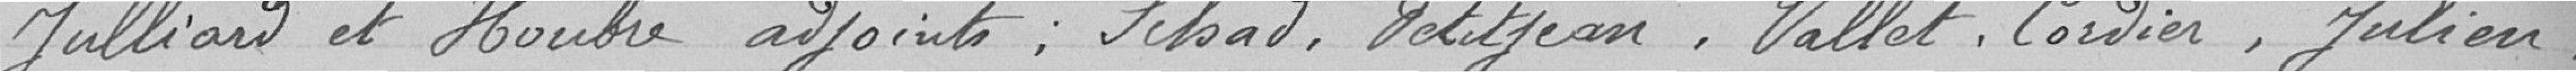
Julliard et Houbre, adjoints; Schad, Petitjean, Vallet, Cordier, Julien,